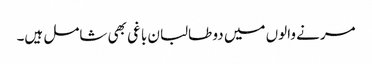
مرنے والوں میں دو طالبان باغی بھی شامل ہیں۔